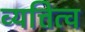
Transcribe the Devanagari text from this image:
व्यत्तित्व